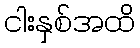
ငါးနှစ်အထိ